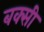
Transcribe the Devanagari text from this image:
बक्सी